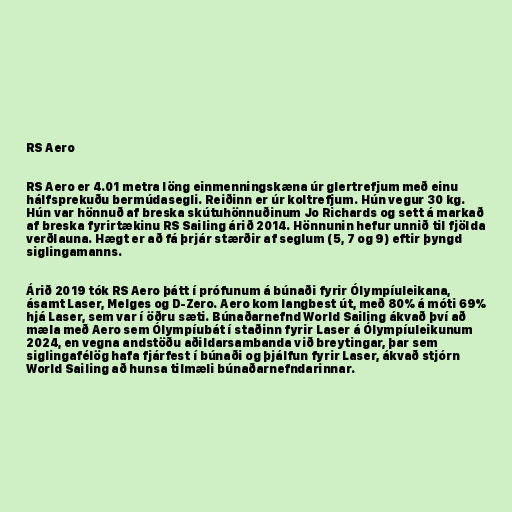
RS Aero

RS Aero er 4.01 metra löng einmenningskæna úr glertrefjum með einu
hálfsprekuðu bermúdasegli. Reiðinn er úr koltrefjum. Hún vegur 30 kg.
Hún var hönnuð af breska skútuhönnuðinum Jo Richards og sett á markað
af breska fyrirtækinu RS Sailing árið 2014. Hönnunin hefur unnið til fjölda
verðlauna. Hægt er að fá þrjár stærðir af seglum (5, 7 og 9) eftir þyngd
siglingamanns.

Árið 2019 tók RS Aero þátt í prófunum á búnaði fyrir Ólympíuleikana,
ásamt Laser, Melges og D-Zero. Aero kom langbest út, með 80% á móti 69%
hjá Laser, sem var í öðru sæti. Búnaðarnefnd World Sailing ákvað því að
mæla með Aero sem Ólympíubát í staðinn fyrir Laser á Ólympíuleikunum
2024, en vegna andstöðu aðildarsambanda við breytingar, þar sem
siglingafélög hafa fjárfest í búnaði og þjálfun fyrir Laser, ákvað stjórn
World Sailing að hunsa tilmæli búnaðarnefndarinnar.